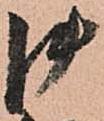
御